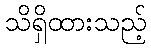
သိရှိထားသည့်